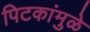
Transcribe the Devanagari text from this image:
पिटकांमुळे